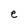
Character: e